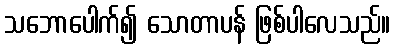
သဘောပေါက်၍ သောတာပန် ဖြစ်ပါလေသည်။